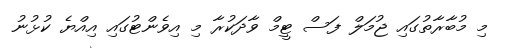
މި މުބާރާތުގައި ޖުމަލް ފަސް ޓީމް ވާދަކުރާ މި އިވެންޓުގައި އިއްޔެ ކުޅުނު